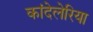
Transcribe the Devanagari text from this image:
कांदेलेरिया